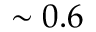
\sim 0 . 6